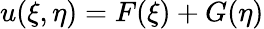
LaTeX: u(\xi,\eta)=F(\xi)+G(\eta)